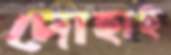
দোহাই